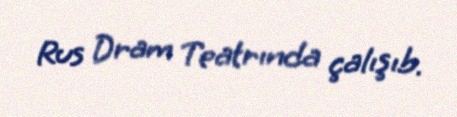
Rus Dram Teatrında çalışıb.